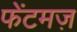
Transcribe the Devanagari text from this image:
फेंटमज़